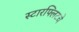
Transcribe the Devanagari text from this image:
स्टारफ्लिटचे